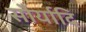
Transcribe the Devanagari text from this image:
सौर्यादि